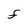
Character: F